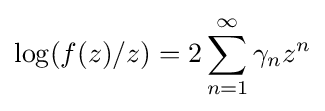
\log(f(z)/z)=2\sum _{n=1}^{\infty }\gamma _{n}z^{n}